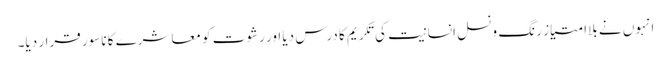
انہوں نے بلاامتیاز رنگ و نسل انسانیت کی تکریم کا درس دیا اور رشوت کو معاشرے کا ناسور قرار دیا۔